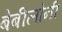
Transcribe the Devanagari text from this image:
बेबीलोनी